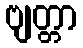
ဗျတ္တာ